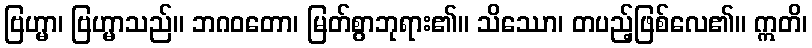
ဗြဟ္မာ၊ ဗြဟ္မာသည်။ ဘဂဝတော၊ မြတ်စွာဘုရား၏။ သိဿော၊ တပည့်ဖြစ်လေ၏။ ဣတိ၊